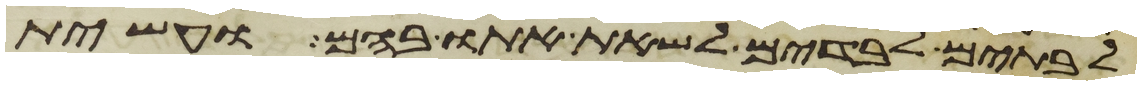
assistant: לבתים לבדים לשאת אתו בהם ועשית